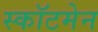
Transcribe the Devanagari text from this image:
स्कॉटमेन